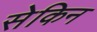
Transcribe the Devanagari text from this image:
सेकिन